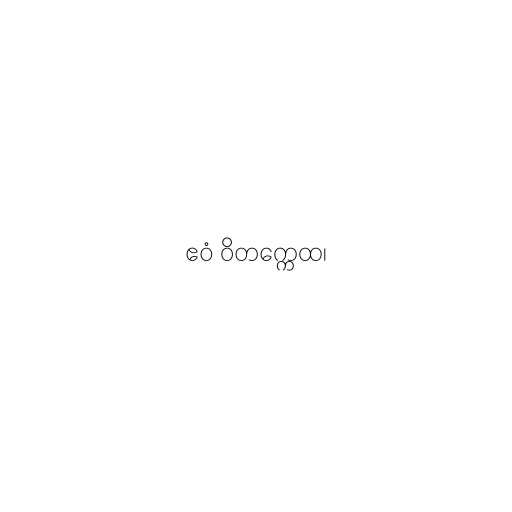
ဧဝံ ဝိတက္ကေထ၊